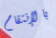
بالإنتقام